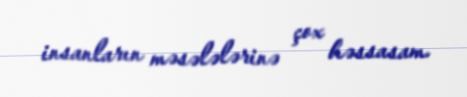
insanların məsələlərinə çox həssasam.